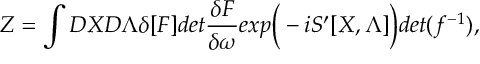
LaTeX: Z = \int { \cal D } X { \cal D } \Lambda \delta [ { \cal F } ] d e t { \frac { \delta { \cal F } } { \delta \omega } } e x p \bigg ( - i S ^ { \prime } [ X , \Lambda ] \bigg ) d e t ( f ^ { - 1 } ) ,